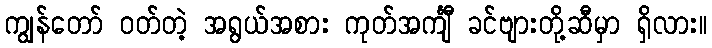
ကျွန်တော် ဝတ်တဲ့ အရွယ်အစား ကုတ်အင်္ကျီ ခင်ဗျားတို့ဆီမှာ ရှိလား။